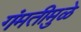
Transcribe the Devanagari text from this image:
गंमतीमुळे